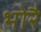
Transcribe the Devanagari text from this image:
भोरै